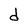
Character: d